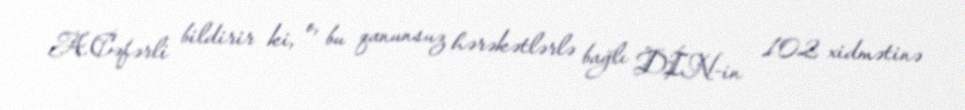
A.Cəfərli bildirir ki, o, bu qanunsuz hərəkətlərlə bağlı DİN-in 102 xidmətinə